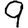
Digit: 9